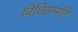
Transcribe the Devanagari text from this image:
विधिसम्मति